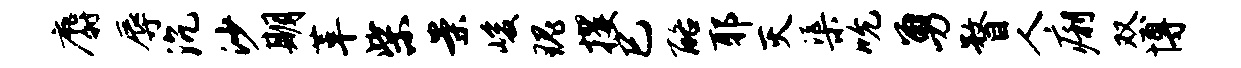
麝辱沉沙期革柴案峻瑰攫巳酪耶灭渠吮勇瞀人痢双博